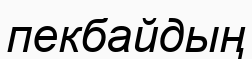
пекбайдың